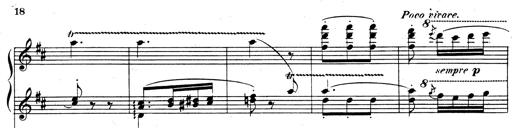
Title: Rhapsodie espagnole
Composer: Franz Liszt